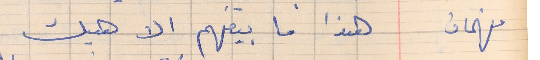
فهمان    هذا ما بيفهم الا هيك